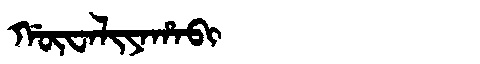
Manchu: ᡤᡡᠸᠠᠯᡳᠶᠠᡥᠠᠪᡳ
Romanization: GŪWALIYAHABI